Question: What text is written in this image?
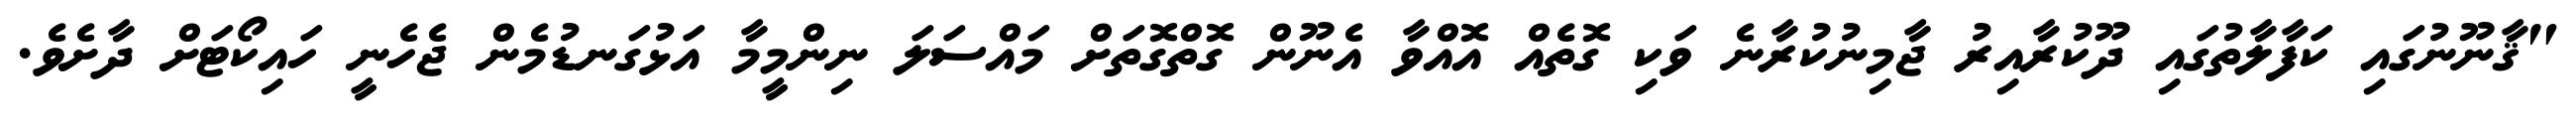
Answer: "ޤާނޫނުގައި ކަފާލާތުގައި ދޫކުރާއިރު ޖާމިނުކުރާނެ ވަކި ގޮތެއް އޮއްވާ އެނޫން ގޮތްގޮތަށް މައްސަލަ ނިންމީމާ އަޅުގަނޑުމެން ޖެހެނީ ހައިކޯޓަށް ދާށެވެ.